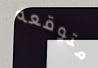
متوقعه